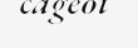
cageot